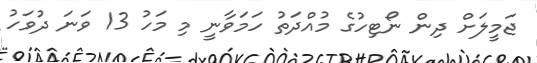
ޖަމީލަށް ދިން ނޯޓިހުގެ މުއްދަތު ހަމަވާނީ މި މަހު 13 ވަނަ ދުވަހު